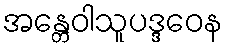
အန္တေဝါသူပဒ္ဒဝေန